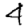
Digit: 4